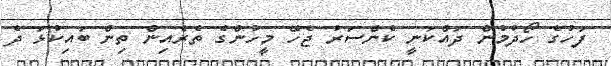
ފަހުގެ ހޯދުުމުން ދައްކަނީ ކެންސަރު ޖެހޭ މީހުންގެ ތެރެއިން ތިން ބައިކުޅަ ދެ